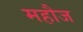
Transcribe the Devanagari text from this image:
महौज